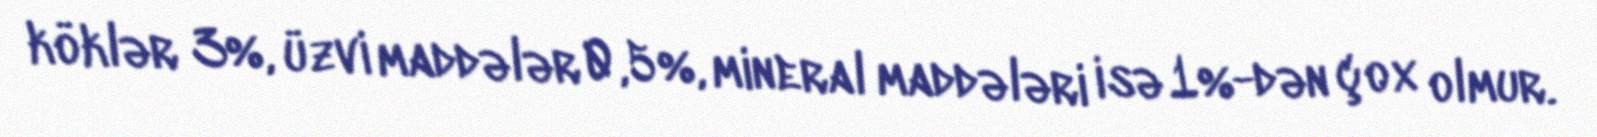
köklər 3%, üzvi maddələr 0,5%, mineral maddələri isə 1%-dən çox olmur.